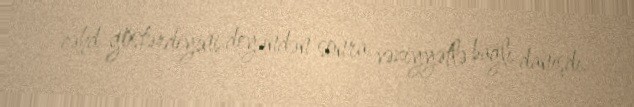
cəhd göstərdiyini deyəndən sonra vəziyyətlə bağlı danışdı.